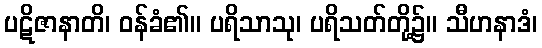
ပဋိဇာနာတိ၊ ဝန်ခံ၏။ ပရိသာသု၊ ပရိသတ်တို့၌။ သီဟနာဒံ၊